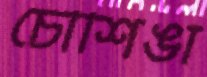
চৌশিঙা